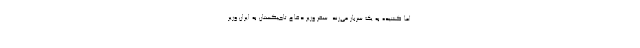
اما کشیده به یک سرباز می‌زند. سفر وزیر دفاع تاجیکستان به ایران وزیر